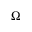
\Omega